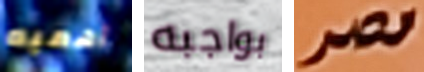
أهميه بواجبه مصر